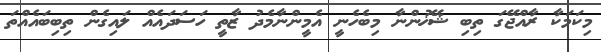
މިކަމަކާ ރާއްޖޭގަ ތިބި ޝޭޚުންނާ މިބެހެނީ އެމީންނާމެދު ޒާތީ ހަސަދައެއް ލައިގެން ތިބިބައެއްތަ